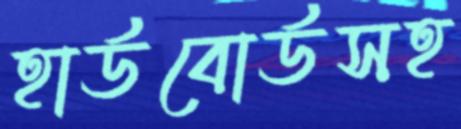
হার্ডবোর্ডসহ